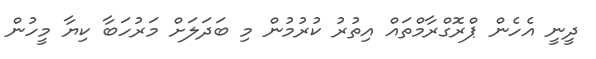
ދީނީ އެހެން ޕްރޮގްރާމްތައް އިތުރު ކުރުމުން މި ބަދަލަށް މަރުހަބާ ކިޔާ މީހުން